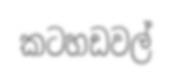
කටහඩවල්